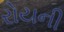
રોયની